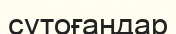
сутоғаңдар